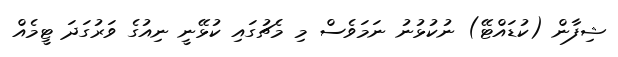
ޝިފާން (ކުޑައްޓޭ) ނުކުޅުނު ނަމަވެސް މި މެޗުގައި ކުޅޭނީ ނިއުގެ ވަރުގަދަ ޓީމެއް